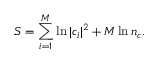
S = \sum _ { i = 1 } ^ { M } \ln | c _ { i } | ^ { 2 } + M \ln n _ { c } .